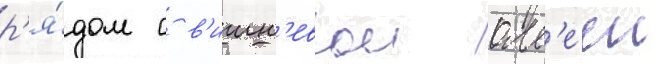
р'я́дом с в'ишн'евои алл'ееи